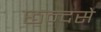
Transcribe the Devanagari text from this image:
छन्दसे